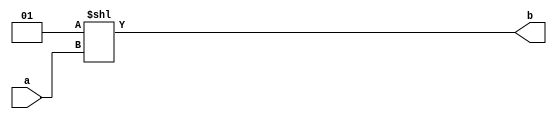
module Dec(a, b);
    parameter n = 3;
    parameter m = 8;
    
    // I/O declarations
    input [n-1:0] a;
    output [m-1:0] b;
    
    //Decoder function
    wire [m-1:0] b = 1 << a;

endmodule